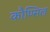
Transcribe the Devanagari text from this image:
कौण्सिल्र